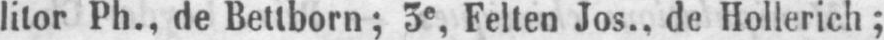
litor Ph., de Bettborn; 3e, Felten Jos., de Hollerich;